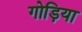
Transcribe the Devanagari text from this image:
गोड़िया